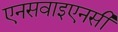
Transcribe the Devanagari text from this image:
एनसवाइएनसी